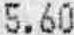
5.60